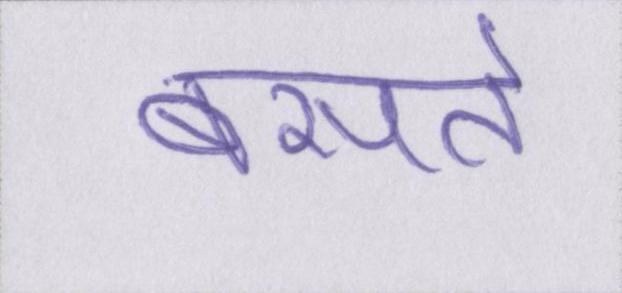
बसते